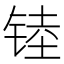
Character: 𲈁